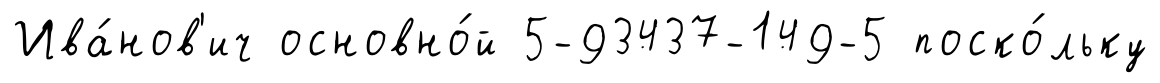
Ива́нов'ич основно́й 5-93437-149-5 поско́льку